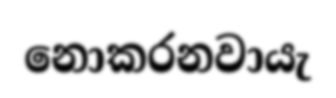
නොකරනවායැ